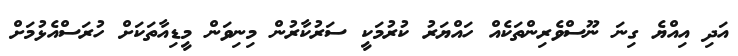
އަދި އިއްޔެ ގިނަ ނޫސްވެރިންތަކެއް ހައްޔަރު ކުރުމަކީ ސަރުކާރުން މިނިވަން މީޑިއާތަކަށް ހުރަސްއެޅުމަށް